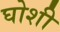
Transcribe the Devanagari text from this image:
घोशी